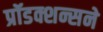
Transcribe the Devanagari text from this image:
प्रॉडक्शन्सने